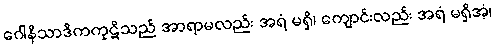
ဂေါနိသာဒိကကုဋိသည် အာရာမလည်း အရံ မရှိ၊ ကျောင်းလည်း အရံ မရှိအံ့၊